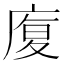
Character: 𭙦